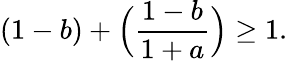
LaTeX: (1-b)+\Big(\frac{1-b}{1+a}\Big)\geq 1.